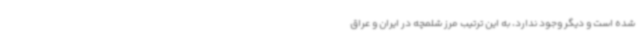
شده است و دیگر وجود ندارد، به این ترتیب مرز شلمچه در ایران و عراق